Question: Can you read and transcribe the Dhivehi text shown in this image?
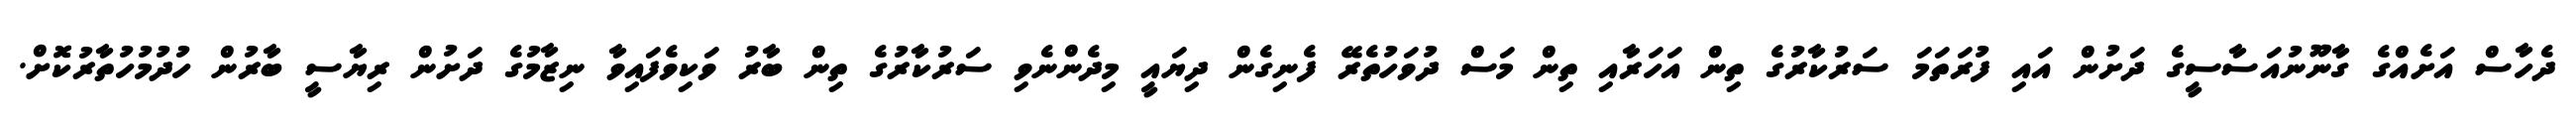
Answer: ދެހާސް އަށެއްގެ ގާނޫނުއަސާސީގެ ދަށުން އައި ފުރަތަމަ ސަރުކާރުގެ ތިން އަހަރާއި ތިން މަސް ދުވަހުތެރޭ ފެނިގެން ދިޔައީ މިދެންނެވި ސަރުކާރުގެ ތިން ބާރު ވަކިވެފައިވާ ނިޒާމުގެ ދަށުން ރިޔާސީ ބާރުން ހުދުމުހުތާރުކޮށް.